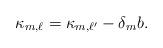
LaTeX: \begin{align*}\kappa_{m,\ell}=\kappa_{m,\ell'}- \delta_{m} b.\end{align*}